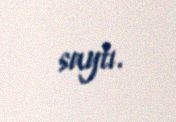
saytı.